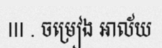
III . ចម្រៀង អាល័យ